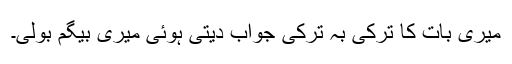
میری بات کا ترکی بہ ترکی جواب دیتی ہوئی میری بیگم بولی۔